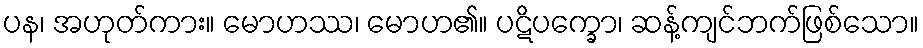
ပန၊ အဟုတ်ကား။ မောဟဿ၊ မောဟ၏။ ပဋိပက္ခော၊ ဆန့်ကျင်ဘက်ဖြစ်သော။